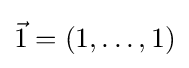
{\vec {1}}=(1,\ldots ,1)